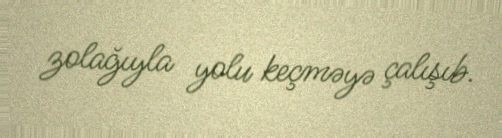
zolağıyla yolu keçməyə çalışıb.